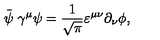
\stackrel { \_ } { \psi } \gamma ^ { \mu } \psi = \frac { 1 } { \sqrt { \pi } } \varepsilon ^ { \mu \nu } \partial _ { \nu } \phi ,